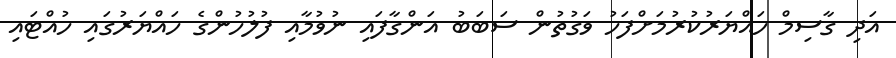
އަދި ގާސިމް ހައްޔަރުކުރުމަށްފަހު ވަގުތުން ސަބަބު އަންގާފައި ނުވުމާއި ފުލުހުންގެ ހައްޔަރުގައި ހުއްޓައި